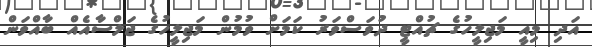
އަދި މިއީ މަޖިލީހުގެ ޗުއްޓީ ދުވަސްވަރު ކަމަށް ވުމުން މަޖިލީހުގެ ޖަލްސާއެއް ބާއްވަން